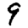
Digit: 9